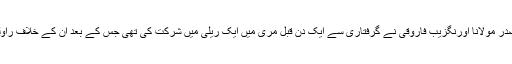
انھوں نے بتایا تھا کہ پارٹی کے مرکزی صدر مولانا اورنگزیب فاروقی نے گرفتاری سے ایک دن قبل مری میں ایک ریلی میں شرکت کی تھی جس کے بعد ان کے خلاف راولپنڈی پولیس اسٹیشن میں مقدمہ درج کیا گیا۔